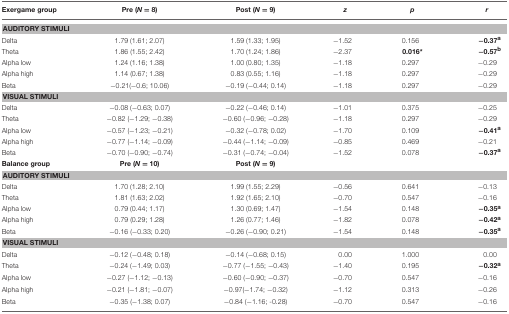
<table><thead><tr><td><b>Exergame group</b></td><td><b>Pre (<i>N</i> = 8)</b></td><td><b>Post (<i>N</i> = 9)</b></td><td><b><i>z</i></b></td><td><b><i>p</i></b></td><td><b><i>r</i></b></td></tr></thead><tbody><tr><td colspan="6"><b>AUDITORY STIMULI</b></td></tr><tr><td>Delta</td><td>1.79 (1.61; 2.07)</td><td>1.59 (1.33; 1.95)</td><td>−1.52</td><td>0.156</td><td><b>−0.37<sup>a</sup></b></td></tr><tr><td>Theta</td><td>1.86 (1.55; 2.42)</td><td>1.70 (1.24; 1.86)</td><td>−2.37</td><td><b>0.016<sup>*</sup></b></td><td><b>−0.57<sup>b</sup></b></td></tr><tr><td>Alpha low</td><td>1.24 (1.16; 1.38)</td><td>1.00 (0.80; 1.35)</td><td>−1.18</td><td>0.297</td><td>−0.29</td></tr><tr><td>Alpha high</td><td>1.14 (0.67; 1.38)</td><td>0.83 (0.55; 1.16)</td><td>−1.18</td><td>0.297</td><td>−0.29</td></tr><tr><td>Beta</td><td>−0.21(−0.6; 10.06)</td><td>−0.19 (−0.44; 0.14)</td><td>−1.18</td><td>0.297</td><td>−0.29</td></tr><tr><td colspan="6"><b>VISUAL STIMULI</b></td></tr><tr><td>Delta</td><td>−0.08 (−0.63; 0.07)</td><td>−0.22 (−0.46; 0.14)</td><td>−1.01</td><td>0.375</td><td>−0.25</td></tr><tr><td>Theta</td><td>−0.82 (−1.29; −0.38)</td><td>−0.60 (−0.96; −0.28)</td><td>−1.18</td><td>0.297</td><td>−0.29</td></tr><tr><td>Alpha low</td><td>−0.57 (−1.23; −0.21)</td><td>−0.32 (−0.78; 0.02)</td><td>−1.70</td><td>0.109</td><td><b>−0.41<sup>a</sup></b></td></tr><tr><td>Alpha high</td><td>−0.77 (−1.14; −0.09)</td><td>−0.44 (−1.14; −0.09)</td><td>−0.85</td><td>0.469</td><td>−0.21</td></tr><tr><td>Beta</td><td>−0.70 (−0.90; −0.74)</td><td>−0.31 (−0.74; −0.04)</td><td>−1.52</td><td>0.078</td><td><b>−0.37<sup>a</sup></b></td></tr><tr><td><b>Balance group</b></td><td><b>Pre (<i>N</i> = 10)</b></td><td><b>Post (<i>N</i> = 9)</b></td><td></td><td></td><td></td></tr><tr><td colspan="6"><b>AUDITORY STIMULI</b></td></tr><tr><td>Delta</td><td>1.70 (1.28; 2.10)</td><td>1.99 (1.55; 2.29)</td><td>−0.56</td><td>0.641</td><td>−0.13</td></tr><tr><td>Theta</td><td>1.81 (1.63; 2.02)</td><td>1.92 (1.65; 2.10)</td><td>−0.70</td><td>0.547</td><td>−0.16</td></tr><tr><td>Alpha low</td><td>0.79 (0.44; 1.17)</td><td>1.30 (0.69; 1.47)</td><td>−1.54</td><td>0.148</td><td><b>−0.35<sup>a</sup></b></td></tr><tr><td>Alpha high</td><td>0.79 (0.29; 1.28)</td><td>1.26 (0.77; 1.46)</td><td>−1.82</td><td>0.078</td><td><b>−0.42<sup>a</sup></b></td></tr><tr><td>Beta</td><td>−0.16 (−0.33; 0.20)</td><td>−0.26 (−0.90; 0.21)</td><td>−1.54</td><td>0.148</td><td><b>−0.35<sup>a</sup></b></td></tr><tr><td colspan="6"><b>VISUAL STIMULI</b></td></tr><tr><td>Delta</td><td>−0.12 (−0.48; 0.18)</td><td>−0.14 (−0.68; 0.15)</td><td>0.00</td><td>1.000</td><td>0.00</td></tr><tr><td>Theta</td><td>−0.24 (−1.49; 0.03)</td><td>−0.77 (−1.55; −0.43)</td><td>−1.40</td><td>0.195</td><td><b>−0.32<sup>a</sup></b></td></tr><tr><td>Alpha low</td><td>−0.27 (−1.12; −0.13)</td><td>−0.60 (−0.90; −0.37)</td><td>−0.70</td><td>0.547</td><td>−0.16</td></tr><tr><td>Alpha high</td><td>−0.21 (−1.81; −0.07)</td><td>−0.97(−1.74; −0.32)</td><td>−1.12</td><td>0.313</td><td>−0.26</td></tr><tr><td>Beta</td><td>−0.35 (−1.38; 0.07)</td><td>−0.84 (−1.16; −0.28)</td><td>−0.70</td><td>0.547</td><td>−0.16</td></tr></tbody></table>